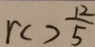
r ( ) \frac { 1 2 } { 5 }